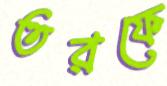
তরফে